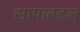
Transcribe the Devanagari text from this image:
सापाबद्दल